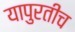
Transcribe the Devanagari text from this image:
यापुरतीच